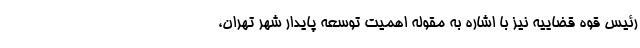
رئیس قوه قضاییه نیز با اشاره به مقوله اهمیت توسعه پایدار شهر تهران،